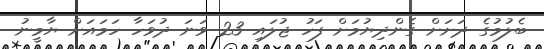
ބެލުމުގެ ދަށަށް ގެންދިޔުމަށް ފަހު ޖުލައި 23 ވަނަ ދުވަހާ ހަމައަށް ޔާމީނު